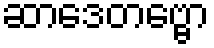
ဆာဒေတဗ္ဗော